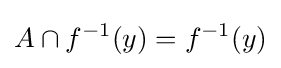
A\cap f^{-1}(y)=f^{-1}(y)